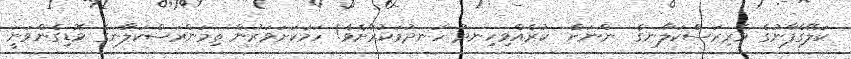
ކަލޭގެފާނުގެ ވެރިރަސްކަލާނގެ  ންނަށް  ކުރެއްވިހިނދު ހަނދުމަކުރާށެވެ! ހަމަކަށަވަރުން ތިމަންރަސްކަލާނގެ ވޮޑިގެންވަނީ